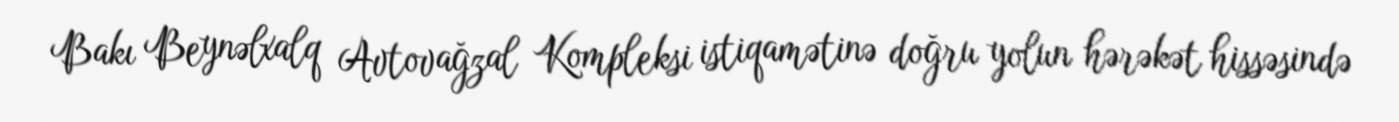
Bakı Beynəlxalq Avtovağzal Kompleksi istiqamətinə doğru yolun hərəkət hissəsində